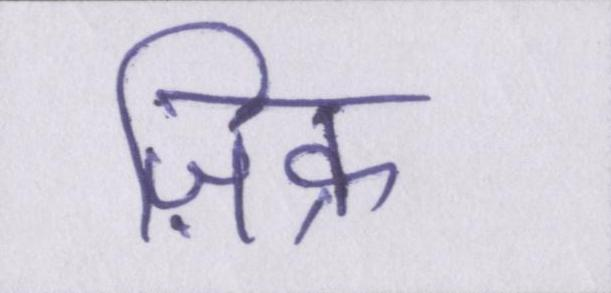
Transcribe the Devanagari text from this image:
ज़िक्र